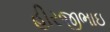
હીરજીભાઇ